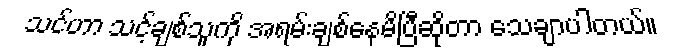
သင်ဟာ သင့်ချစ်သူကို အရမ်းချစ်နေမိပြီဆိုတာ သေချာပါတယ်။